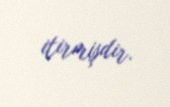
itirmişdir.